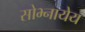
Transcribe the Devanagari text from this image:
सोभ्नायेय